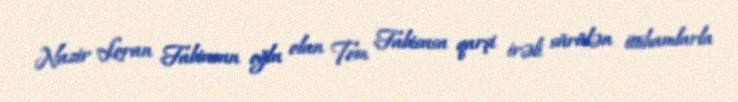
Nazir Loran Fabiusun oğlu olan Tom Fabisusa qarşi irəli sürülən ittihamlarla